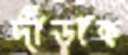
দাঁড়াক